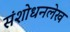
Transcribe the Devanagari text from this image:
संशोधनलेख